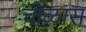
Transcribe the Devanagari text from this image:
चोळास